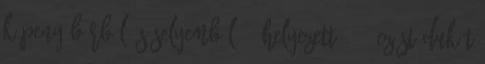
köpeny bőrből és selyemből 3. helyezett: 250 ezüst dukát